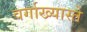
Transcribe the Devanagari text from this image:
वर्गाख्यास्ते